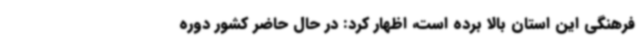
فرهنگی این استان بالا برده است، اظهار کرد: در حال حاضر کشور دوره